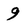
Character: 9